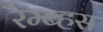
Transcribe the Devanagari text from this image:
रैम्ब्हस